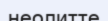
неолитте